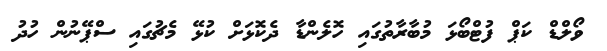
ވޯލްޑް ކަޕް ފުޓްބޯޅަ މުބާރާތުގައި ހޮލެންޑާ ދެކޮޅަށް ކުޅޭ މެޗުގައި ސްޕޭނުން ހުދު